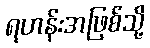
ရဟန်းအဖြစ်သို့